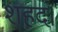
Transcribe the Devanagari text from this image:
शहद।